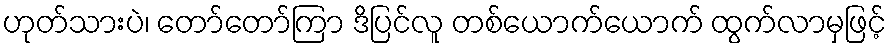
ဟုတ်သားပဲ၊ တော်တော်ကြာ ဒိပြင်လူ တစ်ယောက်ယောက် ထွက်လာမှဖြင့်